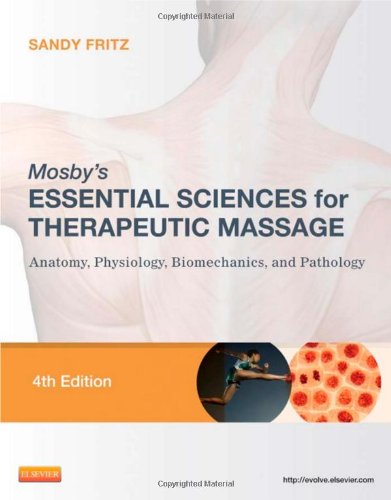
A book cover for Mosby's Essential Sciences for Therapeutic Massage: Anatomy, Physiology, Biomechanics, and Pathology, 4e (On The Spot {Series}); Sandy Fritz BS  MS  NCTMB; Engineering & Transportation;